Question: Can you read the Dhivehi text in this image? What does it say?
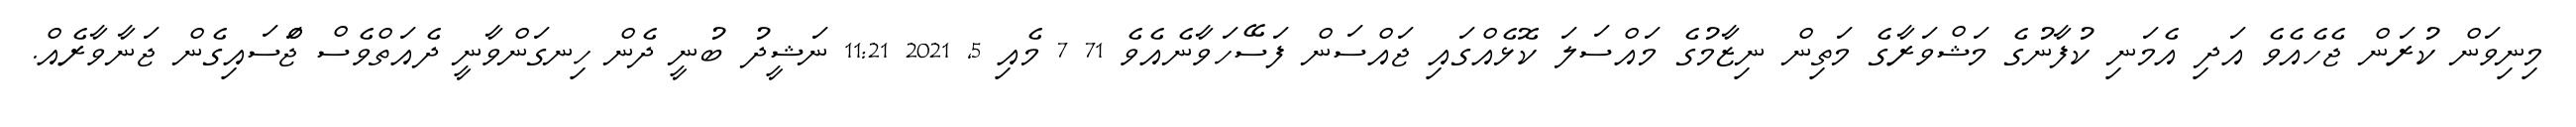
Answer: މިނިވަން ކުރަން ޖެހެއެވެ އަދި އެމަނި ކުފާނުގެ މަޝްވަރާގެ މަތިން ނިޒާމުގެ މައްސަލަ ކޮޅެއްގައި ޖައްސަން ފަސޭހަވާނެއެވެ 71 7 މެއި 5, 2021 11:21 ނަޝީދު ބުނީ ދެން ހިނގަންވާނީ ދެއަތްވެސް ޖަްްސައިގެން ޖަނާވާރެއް.